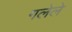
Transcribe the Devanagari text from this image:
गलेले